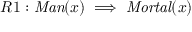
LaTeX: R 1 : { \mathit { M a n } } ( x ) \implies { \mathit { M o r t a l } } ( x )